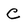
Character: C